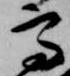
高